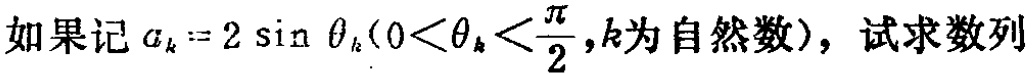
如果记\(a_{k}=2\sin\theta_{k}(0<\theta_{k}<\frac{\pi}{2},k为自然数)\)，试求数列